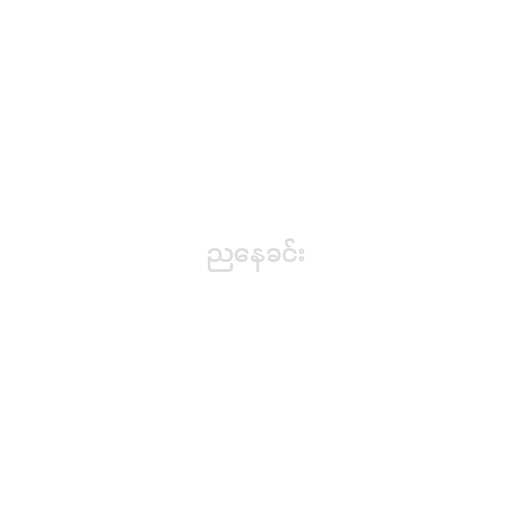
ညနေခင်း